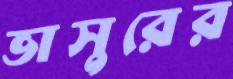
ভাসুরের